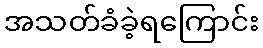
အသတ်ခံခဲ့ရကြောင်း